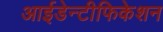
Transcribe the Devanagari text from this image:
आईडेन्टीफिकेशन